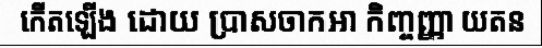
កើតឡើង ដោយ ប្រាសចាកឤ កិញ្ចញ្ញា យតន